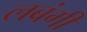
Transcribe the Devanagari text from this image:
लबंगी